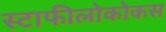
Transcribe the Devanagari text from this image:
स्टाफीलोकोकस